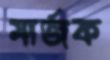
মার্জক